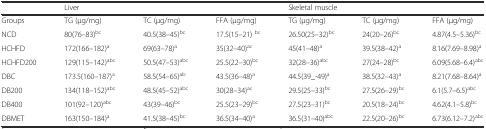
<table><thead><tr><td></td><td colspan="3"><b>Liver</b></td><td colspan="3"><b>Skeletal muscle</b></td></tr></thead><tbody><tr><td>Groups</td><td>TG (μg/mg)</td><td>TC (μg/mg)</td><td>FFA (μg/mg)</td><td>TG (μg/mg)</td><td>TC (μg/mg)</td><td>FFA (μg/mg)</td></tr><tr><td>NCD</td><td>80(76–83)<sup>bc</sup></td><td>40.5(38–45)<sup>bc</sup></td><td>17.5(15–21) <sup>bc</sup></td><td>26.50(25–32)<sup>bc</sup></td><td>24(20–26)<sup>bc</sup></td><td>4.87(4.5–5.36)<sup>bc</sup></td></tr><tr><td>HCHFD</td><td>172(166–182)<sup>a</sup></td><td>69(63–78)<sup>a</sup></td><td>35(32–40)<sup>ac</sup></td><td>45(41–48)<sup>a</sup></td><td>39.5(38–42)<sup>a</sup></td><td>8.16(7.69–8.98)<sup>a</sup></td></tr><tr><td>HCHFD200</td><td>129(115–142)<sup>abc</sup></td><td>50.5(47–53)<sup>abc</sup></td><td>25.5(22–30)<sup>bc</sup></td><td>32(28–36)<sup>abc</sup></td><td>27(24–28)<sup>bc</sup></td><td>6.09(5.68–6.4)<sup>abc</sup></td></tr><tr><td>DBC</td><td>173.5(160–187)<sup>a</sup></td><td>58.5(54–65)<sup>ab</sup></td><td>43.5(36–48)<sup>a</sup></td><td>44.5(39_-49)<sup>a</sup></td><td>38.5(32–43)<sup>a</sup></td><td>8.21(7.68–8.64)<sup>a</sup></td></tr><tr><td>DB200</td><td>134(118–152)<sup>abc</sup></td><td>48.5(45–52)<sup>abc</sup></td><td>30(28–34)<sup>ac</sup></td><td>29.5(25–33)<sup>bc</sup></td><td>27.5(26–29)<sup>bc</sup></td><td>6.1(5.7–6.5)<sup>abc</sup></td></tr><tr><td>DB400</td><td>101(92–120)<sup>abc</sup></td><td>43(39–46)<sup>bc</sup></td><td>25.5(23–29)<sup>bc</sup></td><td>27.5(23–31)<sup>bc</sup></td><td>20.5(18–24)<sup>bc</sup></td><td>4.62(4.1–5.8)<sup>bc</sup></td></tr><tr><td>DBMET</td><td>163(150–184)<sup>a</sup></td><td>41.5(38–45)<sup>bc</sup></td><td>36.5(34–40)<sup>a</sup></td><td>36.5(31–40)<sup>abc</sup></td><td>22.5(20–26)<sup>bc</sup></td><td>6.73(6.12–7.2)<sup>abc</sup></td></tr></tbody></table>